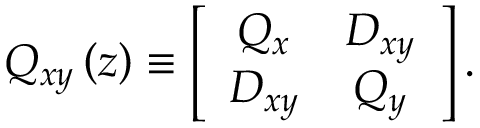
Q _ { x y } \left( z \right) \equiv \left[ \begin{array} { c c } { Q _ { x } } & { D _ { x y } } \\ { D _ { x y } } & { Q _ { y } } \end{array} \right] .